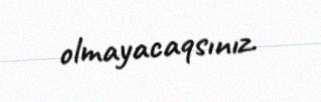
olmayacaqsınız.